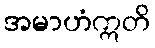
အမာဟံဣတိ